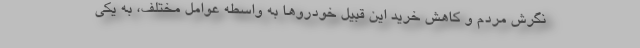
نگرش مردم و کاهش خرید این قبیل خودروها به واسطه عوامل مختلف، به یکی